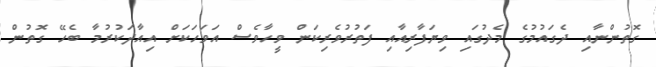
ގޮތުންނާއި ދެގައުމުގެ މެދުގައި ވިޔަފާރިއާއި ފަތުރުވެރިކަން ވީހާވެސް އަވަހަކަށް އިއާދަކުރުމާ ބެހޭ ގޮތުން